Annual report of the Punjab Veterinary College and of the Civil Veterinary Department, Punjab - 1909-1919
Year: 1909
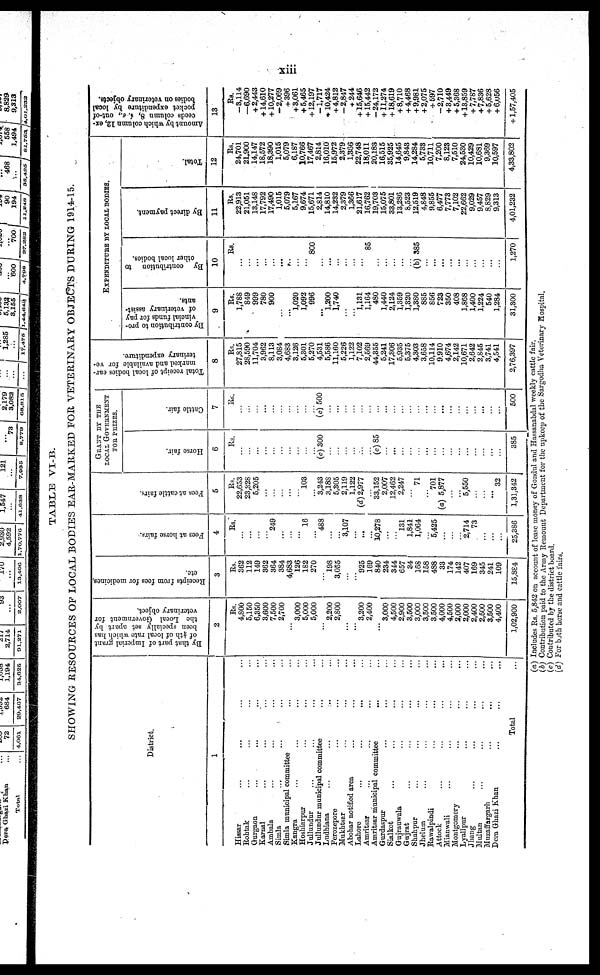
xiii
TABLE VI-B.
SHOWING RESOURCES OF LOCAL BODIES EAR-MARKED FOR VETERINARY OBJECTS DURING 1914-15.
District.
1
Hissar ... ...
Rohtak ... ... ...
Gurgaon ... ... ...
Karnal ... ... ...
Ambala ... ... ...
Simla ... ... ...
Simla municipal committee ...
Kangra ... ... ...
Hoshiarpur ... ...
Jullundur ... ... ...
Jullundur municipal committee ...
Ludhiana ... ... ...
Ferozepore ... ...
Mukhtsar ... ...
Abohar notified area ... ...
Lahore ... ...
Amritsar ... ... ...
Amritsar municipal committee ...
Gurdaspur ... ...
Sialkot ... ... ...
Gujranwala ... ...
Gujrat ... ... ...
Shahpur ... ... ...
Jhelum ... ... ...
Rawalpindi ... ...
Attock
...
...
...
...
Mianwali ... ... ...
Montgomery ... ...
Lyallpur ... ...
Jhang ... ... ...
Multan
...
...
...
...
Muzaffargarh
...
...
Dera Ghazi Khan ... ...
Total ...
By that
part of Imperial grant
of 4th of local rate which has
been specially set apart by
the Local Government lor
veterinary object.
2
Rs.
4,800
5,150
6,350
3,600
7,500
2,700
...
3,000
5,000
5,000
...
2,200
2,800
...
...
3,200
2,400
...
3,000
4,500
2,900
3,500
3,000
3,500
3,500
4,000
4,500
2,000
2,000
2,400
2,500
3,500
4,400
1,02,900
Receipts
from fees for medicines,
etc.
3
Rs.
362
112
149
362
364
384
4,683
126
182
270
...
193
3,055
...
...
925
169
840
234
344
657
34
168
158
488
33
174
142
407
169
345
241
109
15,884
Fees at hor se fai rs.
4
Rs.
...
...
...
...
249
...
...
...
16
...
483
...
...
3,107
...
...
...
10,278
...
...
131
1,841
1,064
...
5,425
...
...
...
2,714
73
...
..
...
25,380
Fees at cattle fai rs.
5
Rs.
22,653
23,328
6,205
...
...
...
...
...
103
...
3,243
3,183
5,305
2,119
1,122
(d) 2,977
...
33,152
2,007
12,462
2,247
...
71
...
701
(a) 5,877
...
...
5,550
...
...
...
32
1,31,342
GRANT BY THE
LOCAL GOVERNMENT
FOR PRIZES.
Horse
fair.
6
Rs.
..
...
...
...
...
...
...
...
...
...
(c)300
...
..
...
...
...
...
(c) 85
...
...
...
...
...
...
...
...
...
...
...
...
...
...
...
385
Cattle fair.
7
Rs.
...
..
...
...
...
...
...
...
...
...
(c) 500
...
...
...
...
...
...
...
...
...
...
...
...
...
...
...
...
...
...
...
...
...
...
500
Total receipt of local bodies car-
marked and available fer ve-
terinary expenditure.
8
Rs.
27,815
28,590
11,704
3,962
8,113
3,084
4,683
3,126
5,301
5,270
4,531
5,586
11,160
5,226
1,122
7,102
2,569
44,355
5,241
17,806
5,935
5,375
4,303
3,658
10,114
9,910
4,674
2,142
10,671
2,642
2,845
3,741
4,541
2,76,397
EXPENDITUBE BY LOCAL BODIES.
By contribution to pro-
vincial funds for pay
of veterinary assist-
ants.
9
Rs.
1,788
849
999
780
900
..
...
1,020
1,092
996
......
1,200
1,740
...
...
1,131
1,164
480
1,440
2,124
1,359
1,820
1,380
885
856
723
350
408
1,868
1,400
1,224
540
1,284
31,300
By contribution
to
other local bodies.
10
Rs.
...
...
...
...
...
...
......
...
...
800
...
...
...
...
...
...
85
...
...
...
...
...
(b) 385
.....
...
...
...
..
...
...
...
...
..
1,270
By direct payment.
11
Rs.
22,913
21,051
13,148
17,792
17,490
1,015
5,079
5,167
9,674
15,671
2,814
14,810
14,232
2,379
1,366
21,617
16,762
19,703
15,075
33,801
13,236
8,523
12,519
4,848
9,855
6,477
7,773
7,102
22,662
9,029
9,457
8,829
9,313
4,01,232
Total.
12
Rs.
24,701
21,900
14,147
18,572
18,390
1,015
6,079
6,187
10,766
17,467
2,814
16,010
15,972
2,379
1,336
22,748
18,011
20,183
16,515
35,925
14,645
9,843
14,284
5,733
10,711
7,200
8,123
7,510
24,530
10,429
10,681
9,369
10,597
4,33,802
Amount by which column 12, ex-
ceeds column 8, i. e., out-of
pecket expenditure by local
bodies on veterinary objects.
13
Rs.
—3,114
—6,690
+ 2,443
+14,610
+10,277
—2,069
+ 396
+ 3,061
+ 5,465
+ 12,197
—1,717
+ 10,424
+ 4,812
—2,847
+ 244
+ 15,646
+ 15,442
—24,172
+ 11,274
+18,619
+ 8,710
+ 4,468
+ 9,981
+ 2,075
+ 597
—2,710
+ 3,449
+ 5,368
+13,859
+ 7,787
+ 7,836
+ 5,628
+ 6,056
+ 1,57,405
(a) Includes Rs. 5,842 on account of lease money of Gondul and Hassanabdal weekly cattle fair.
(b) Contribution paid to the Army Remount Department for the upkeep of the Sargodha Veterinary Hospital.
(c) Contributed by the district board.
(d) For both horse and cattle fairs.